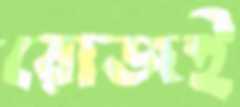
রোজই